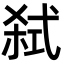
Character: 弑